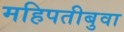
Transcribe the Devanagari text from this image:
महिपतीबुवा